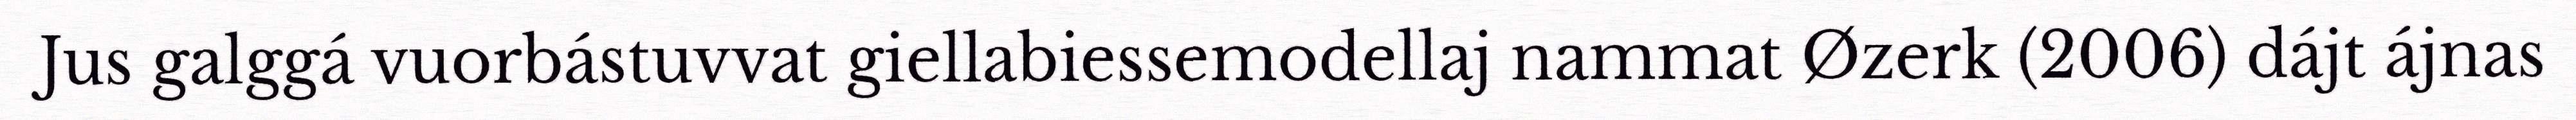
Jus galggá vuorbástuvvat giellabiessemodellaj nammat Øzerk (2006) dájt ájnas